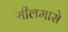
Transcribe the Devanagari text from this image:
सीलमासे